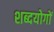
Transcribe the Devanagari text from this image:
शब्दयोगों